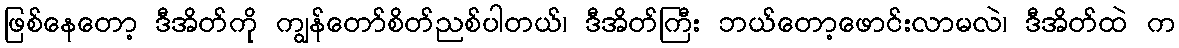
ဖြစ်နေတော့ ဒီအိတ်ကို ကျွန်တော်စိတ်ညစ်ပါတယ်၊ ဒီအိတ်ကြီး ဘယ်တော့ဖောင်းလာမလဲ၊ ဒီအိတ်ထဲ က